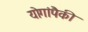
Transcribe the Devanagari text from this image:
योगांपैकी